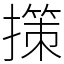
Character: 㩍